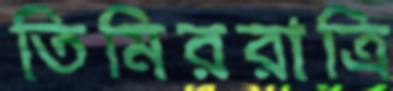
তিমিররাত্রি